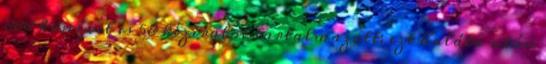
888 könyvet és 58 kéziratot tartalmazott; ezt halála után